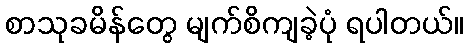
စာသုခမိန်တွေ မျက်စိကျခဲ့ပုံ ရပါတယ်။